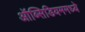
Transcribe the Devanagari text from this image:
ऑब्सिडियममध्ये